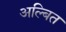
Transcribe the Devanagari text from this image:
अल्बित